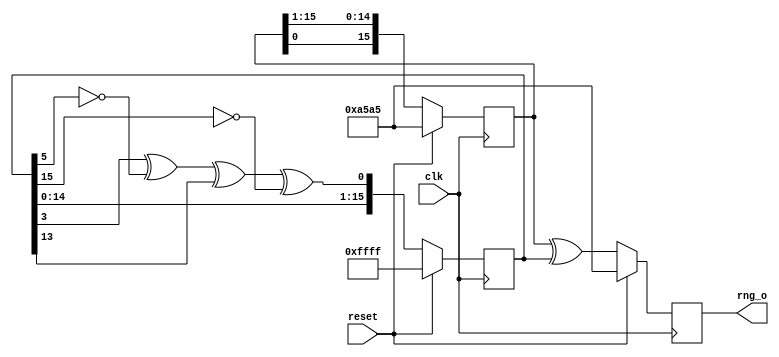
/* rng
 * Noddy pseudorandom LFSR "randomness" generator.
 *
 * This is used by sim testbenches to insert awkward stalls so just needs
 * to be messy -- this is not a high-quality RNG.
 *
 * Copyright 2017, 2019-2020 Matt Evans
 * SPDX-License-Identifier: Apache-2.0 WITH SHL-2.1
 *
 * Licensed under the Solderpad Hardware License v 2.1 (the License); you may
 * not use this file except in compliance with the License, or, at your option,
 * the Apache License version 2.0. You may obtain a copy of the License at
 *
 *  https://solderpad.org/licenses/SHL-2.1/
 *
 * Unless required by applicable law or agreed to in writing, any work
 * distributed under the License is distributed on an AS IS BASIS, WITHOUT
 * WARRANTIES OR CONDITIONS OF ANY KIND, either express or implied. See the
 * License for the specific language governing permissions and limitations
 * under the License.
 */

module rng(input wire clk,
	   input wire reset,
	   output reg [15:0] rng_o
	   );

   parameter S = 16'ha5a5;

   reg [15:0] 	     lfsr;
   reg [15:0] 	     r;
   wire		     lfsr_in;
   assign	     lfsr_in = lfsr[3] ^ ~lfsr[5] ^ lfsr[13] ^ ~lfsr[15];

   always @(posedge clk)
     begin
	if (reset) begin
	   lfsr <= 16'hffff;
	   r <= S;
	   rng_o <= S;
	end else begin
	   r <= {r[0],r[15:1]};
	   lfsr[15:0] <= {lfsr[14:0],lfsr_in};
	   rng_o[15:0] <= r[15:0] ^ lfsr[15:0];
	end
     end

endmodule // rng